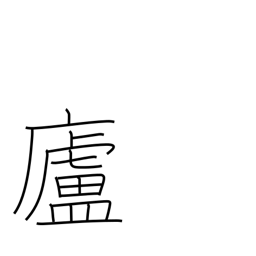
Meaning: hermitage